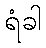
ရံခါ